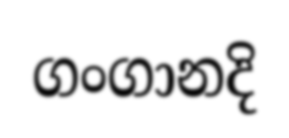
ගංගානදි